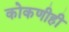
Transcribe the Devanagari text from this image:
कोकणीही